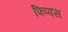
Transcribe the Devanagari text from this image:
फिप्पस